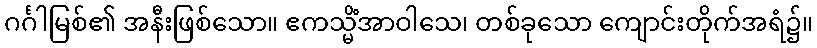
ဂင်္ဂါမြစ်၏ အနီးဖြစ်သော။ ဧကသ္မိံအာဝါသေ၊ တစ်ခုသော ကျောင်းတိုက်အရံ၌။